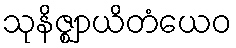
သုနိဇ္ဈာယိတံယေဝ